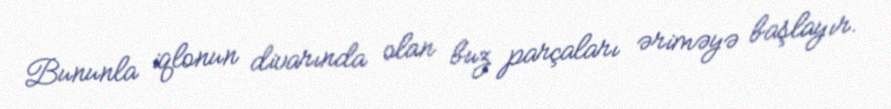
Bununla iqlonun divarında olan buz parçaları əriməyə başlayır.